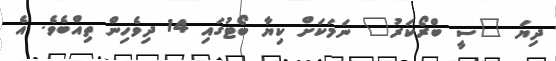
ދިޔަ "ސީ ބްރޯކަރު" ނަމަކަށް ކިޔާ ބޯޓުގައި 14 ދިވެހިން ތިއްބެވެ. އެެ